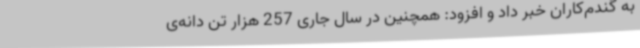
به گندم‌کاران خبر داد و افزود: همچنین در سال جاری 257 هزار تن دانه‌ی